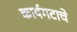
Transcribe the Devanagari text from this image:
कार्यगटाचे